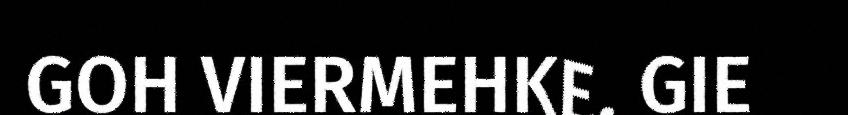
GOH VIERMEHKE. GIE